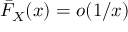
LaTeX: { \bar { F } } _ { X } ( x ) = o ( 1 / x )